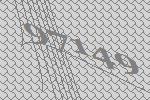
97149